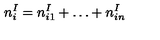
n _ { i } ^ { I } = n _ { i 1 } ^ { I } + \ldots + n _ { i n } ^ { I }